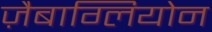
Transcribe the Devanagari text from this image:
ज़ैबाग्लियोन